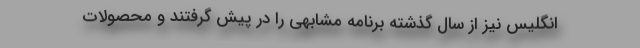
انگلیس نیز از سال گذشته برنامه مشابهی را در پیش گرفتند و محصولات